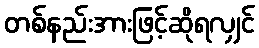
တစ်နည်းအားဖြင့်ဆိုရလျှင်